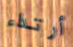
أرتداء